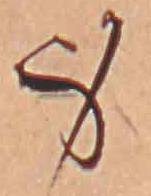
身